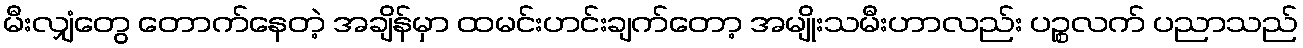
မီးလျှံတွေ တောက်နေတဲ့ အချိန်မှာ ထမင်းဟင်းချက်တော့ အမျိုးသမီးဟာလည်း ပဉ္စလက် ပညာသည်